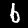
Label: 6